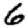
Digit: 6